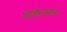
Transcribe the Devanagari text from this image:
विविधाश्चास्य